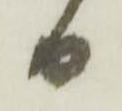
日